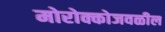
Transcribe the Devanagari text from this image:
मोरोक्कोजवळील